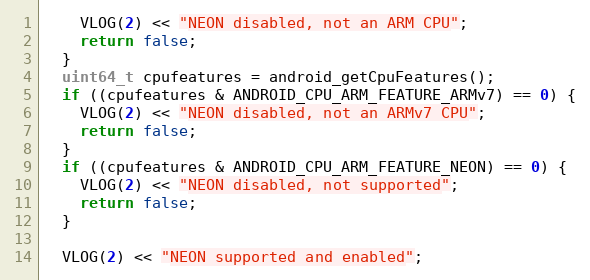
Language: C++
    VLOG(2) << "NEON disabled, not an ARM CPU";
    return false;
  }
  uint64_t cpufeatures = android_getCpuFeatures();
  if ((cpufeatures & ANDROID_CPU_ARM_FEATURE_ARMv7) == 0) {
    VLOG(2) << "NEON disabled, not an ARMv7 CPU";
    return false;
  }
  if ((cpufeatures & ANDROID_CPU_ARM_FEATURE_NEON) == 0) {
    VLOG(2) << "NEON disabled, not supported";
    return false;
  }

  VLOG(2) << "NEON supported and enabled";